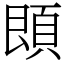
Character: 䫀